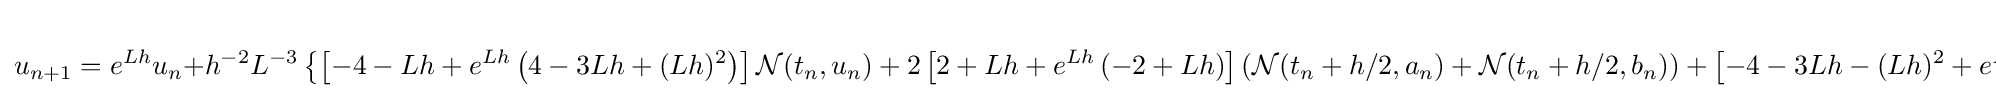
u_{n+1}=e^{Lh}u_{n}+h^{-2}L^{-3}\left\{\left[-4-Lh+e^{Lh}\left(4-3Lh+(Lh)^{2}\right)\right]{\mathcal {N}}(t_{n},u_{n})+2\left[2+Lh+e^{Lh}\left(-2+Lh\right)\right]\left({\mathcal {N}}(t_{n}+h/2,a_{n})+{\mathcal {N}}(t_{n}+h/2,b_{n})\right)+\left[-4-3Lh-(Lh)^{2}+e^{Lh}\left(4-Lh\right)\right]{\mathcal {N}}(t_{n}+h,c_{n})\right\}